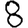
Digit: 8